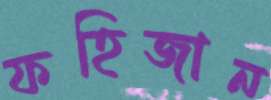
ফহিজান